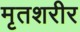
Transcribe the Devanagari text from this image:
मृतशरीर